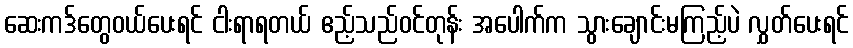
ဆေးကဒ်တွေဝယ်ပေးရင် ငါးရာရတယ် ဧည့်သည်ဝင်တုန်း အပေါက်က သွားချောင်းမကြည့်ပဲ လွှတ်ပေးရင်